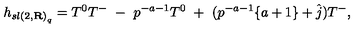
h _ { { s l ( 2 , { \bf R } ) } _ { q } } = T ^ { 0 } T ^ { - } \ - \ p ^ { - a - 1 } T ^ { 0 } \ + \ ( p ^ { - a - 1 } \{ a + 1 \} + \hat { j } ) T ^ { - } ,